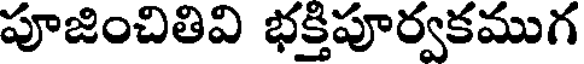
పూజించితివి భక్తిపూర్వకముగ